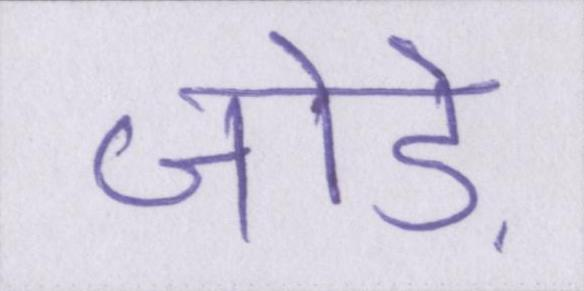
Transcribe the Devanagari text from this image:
जोड़े